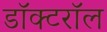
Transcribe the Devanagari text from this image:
डॉक्टरॉल